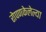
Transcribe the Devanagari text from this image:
रोपणकेलेल्या